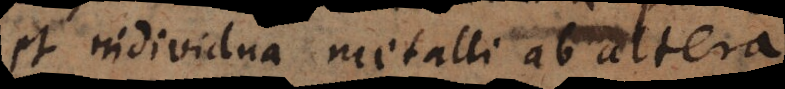
et individua metalli ab altera